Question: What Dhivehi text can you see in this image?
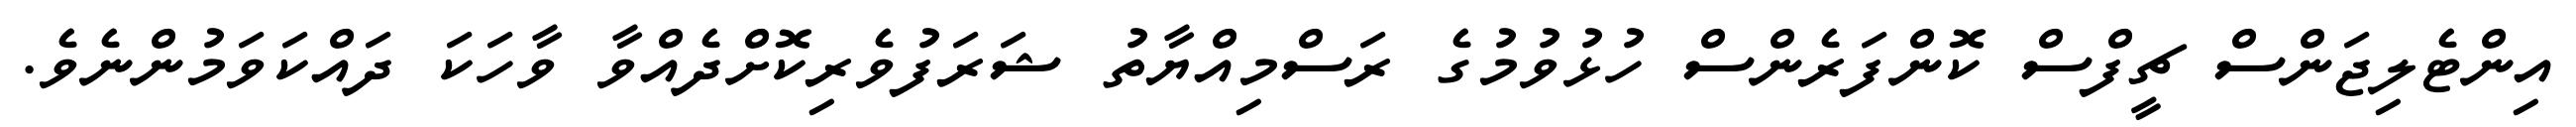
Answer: އިންޓެލިޖަންސް ޗީފްސް ކޮންފަރެންސް ހުޅުވުމުގެ ރަސްމިއްޔާތު ޝަރަފުވެރިކޮށްދެއްވާ ވާހަކަ ދައްކަވަމުންނެވެ.